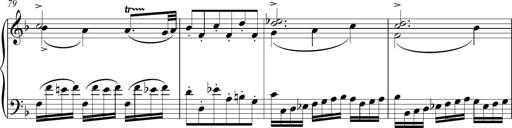
Title: Sonatina Vienesa al estilo de J.Haydn
Composer: JosÃ© RamÃ³n HernÃ¡ndez Bellido